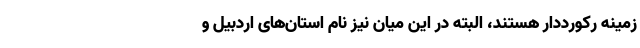
زمینه رکورددار هستند، البته در این میان نیز نام استان‌های اردبیل و